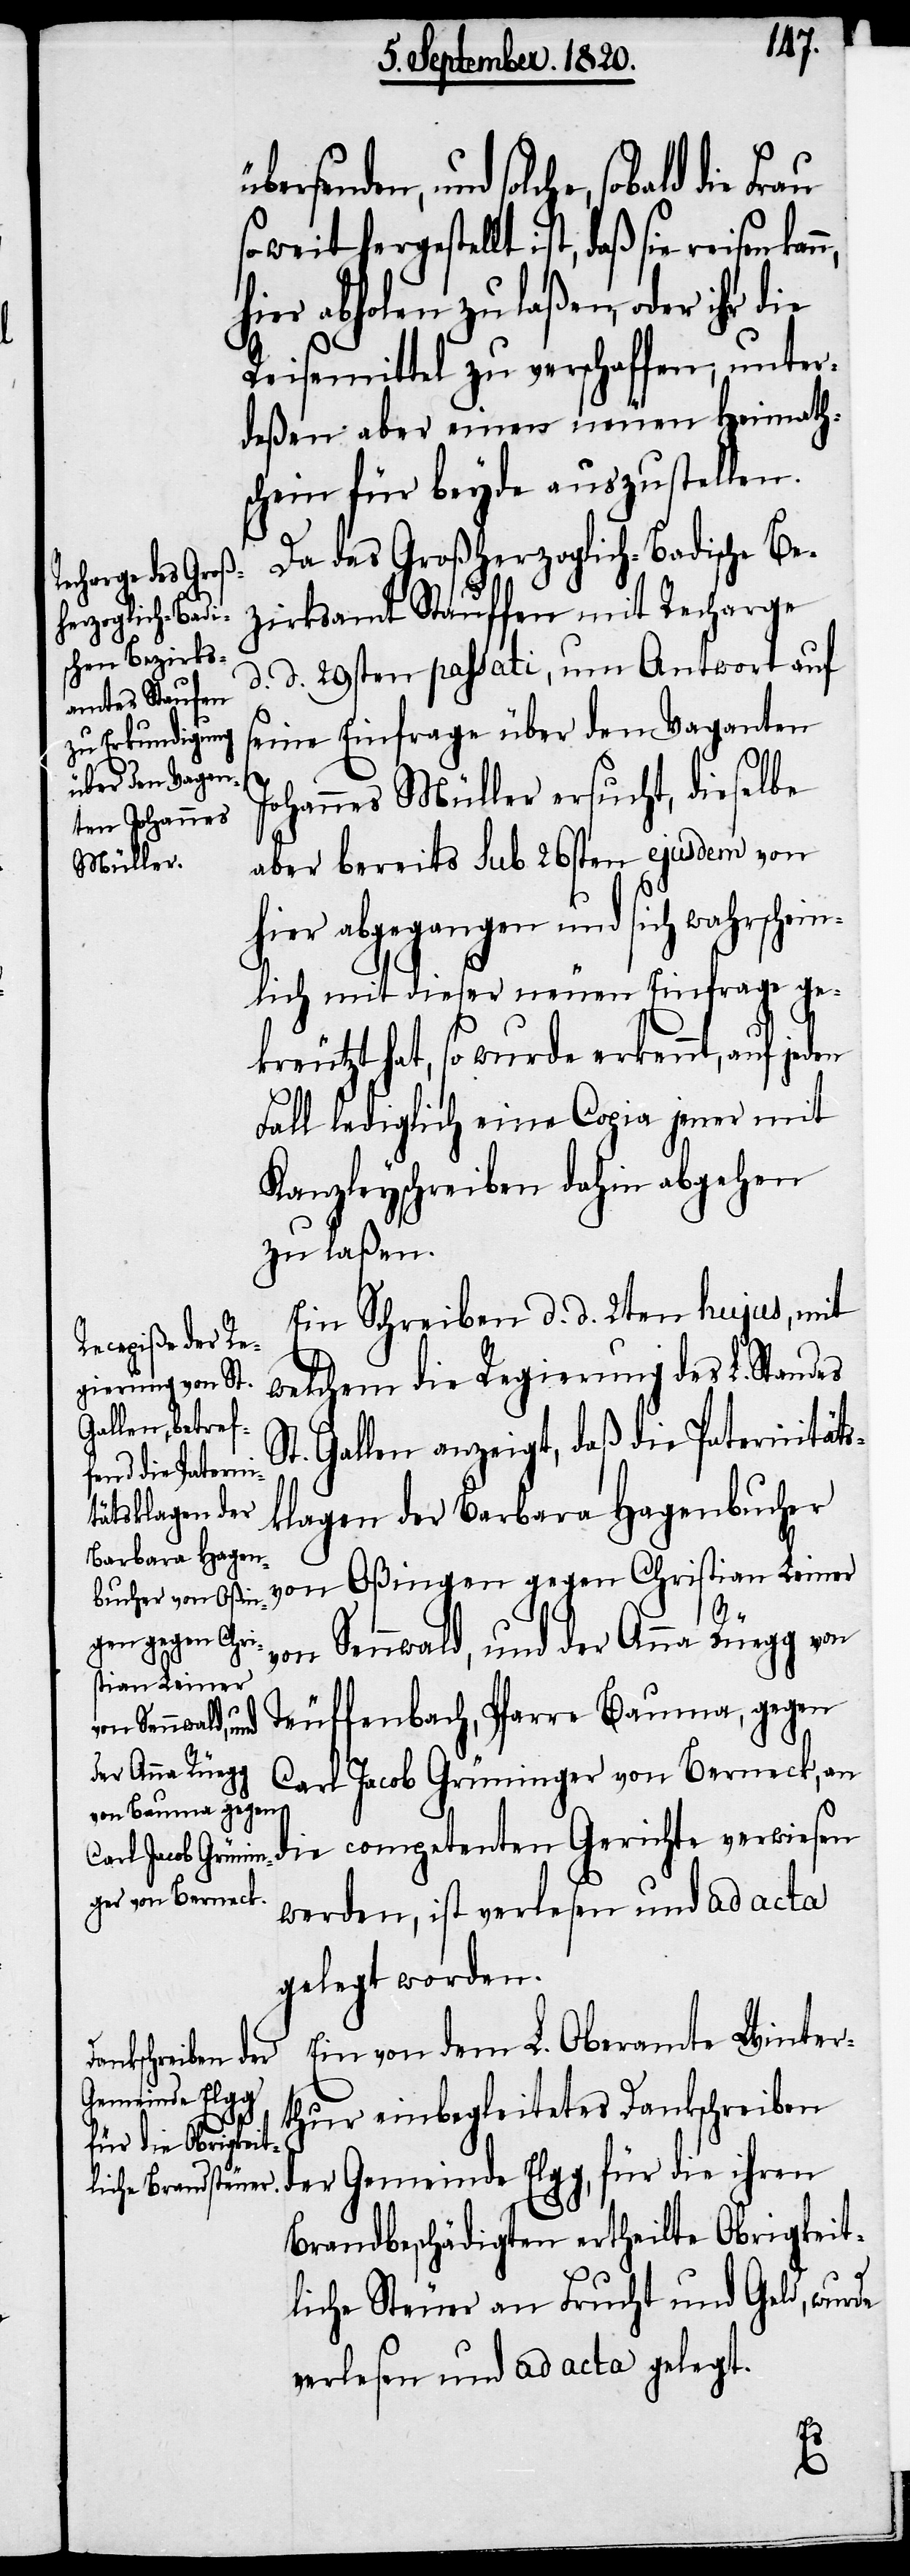
ld die Frau

übersenden, und solche, soba¬
soweit hergestellt ist, daß sie reisen
hier abholen zu laßen, oder ihr
Reisemittel zu verschaffen, unter¬
deßen aber einen neuen Heimath¬
schein für beyde auszustellen.
Da das Großherzoglich-Badische Be¬
zirksamt Stauffen [sic!]
d. d. 29sten passati, um Antwort auf
seine Einfrage über den Vaganten
Johannes Müller ersucht, dieselbe
aber bereits sub 26sten ejusdem von
hier abgegangen und sich wahrschein¬
lich mit dieser neuen Einfrage ge¬
kreutzt hat, so wurde erkennt, auf
Falle lediglich eine Copie jener mit
Kanzleyschreiben dahin abgehen
zu laßen.
Ein Schreiben d. d. 2ten hujus, mit
welchem die Regierung des L. Standes
t. Gallen anzeigt, daß die Paternitäts¬
klagen der Barbara Hagenbucher
von Oßingen gegen Christian Leimer
von Sennwald, und der Anna Rüegg von
Teuffenbach, Pfarre Bauma, gegen
Carl Jacob Grüninger von Berneck, an
die competenten Gerichte verwiesen
werden, ist verlesen und ad acta
gelegt worden.
Ein von dem L. Oberamte Winter¬
thur einbegleitetes Dankschreiben
der Gemeinde Elgg, für die ihren
Brandbeschädigten ertheilte Obrigkeit¬
liche Steuer an Frucht und Geld, wurde
verlesen und ad acta gelegt.
S¬